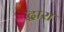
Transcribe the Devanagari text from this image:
द्धारा